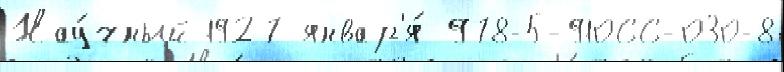
Нау́чный 1927 январ'я́ 978-5-91066-030-8